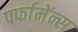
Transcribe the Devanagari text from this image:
पर्फामेंन्स